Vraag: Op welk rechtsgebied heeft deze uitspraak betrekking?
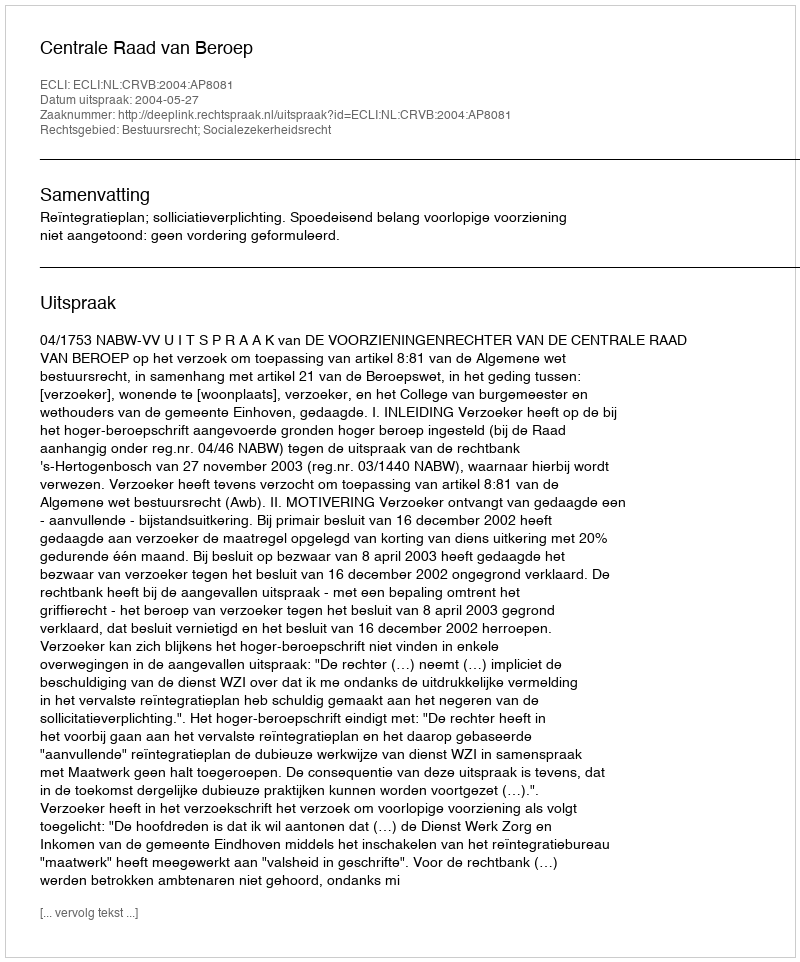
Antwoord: Bestuursrecht; Socialezekerheidsrecht